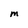
Character: M